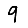
Digit: 9